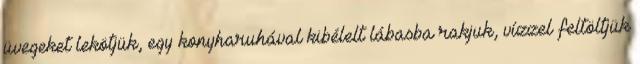
üvegeket lekötjük, egy konyharuhával kibélelt lábasba rakjuk, vízzel feltöltjük